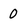
Character: 0